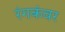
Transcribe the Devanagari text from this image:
रंगकंवर